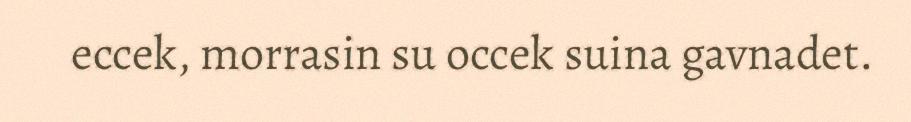
eccek, morrasin su occek suina gavnadet.